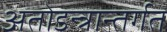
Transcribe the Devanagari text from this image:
अतोडन्त्रान्तर्गत